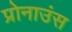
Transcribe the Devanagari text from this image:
प्रोनाउंस